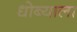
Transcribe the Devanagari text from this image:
धोब्याला